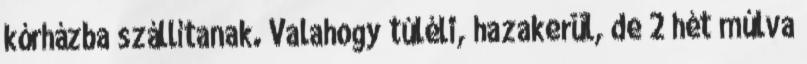
kórházba szállítanak. Valahogy túléli, hazakerül, de 2 hét múlva